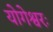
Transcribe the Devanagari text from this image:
योगेश्वरः